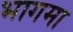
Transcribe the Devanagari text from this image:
भागमा